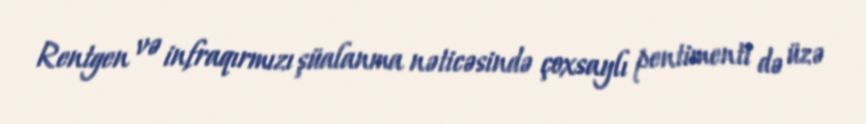
Rentgen və infraqırmızı şüalanma nəticəsində çoxsaylı pentimenti də üzə